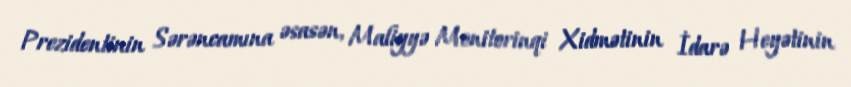
Prezidentinin Sərəncamına əsasən, Maliyyə Monitorinqi Xidmətinin İdarə Heyətinin